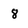
Character: 8